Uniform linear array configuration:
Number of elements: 12
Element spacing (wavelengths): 0.5
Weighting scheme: exponential
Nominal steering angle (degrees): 60
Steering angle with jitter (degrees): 59.291
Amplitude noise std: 0.05
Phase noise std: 0.05

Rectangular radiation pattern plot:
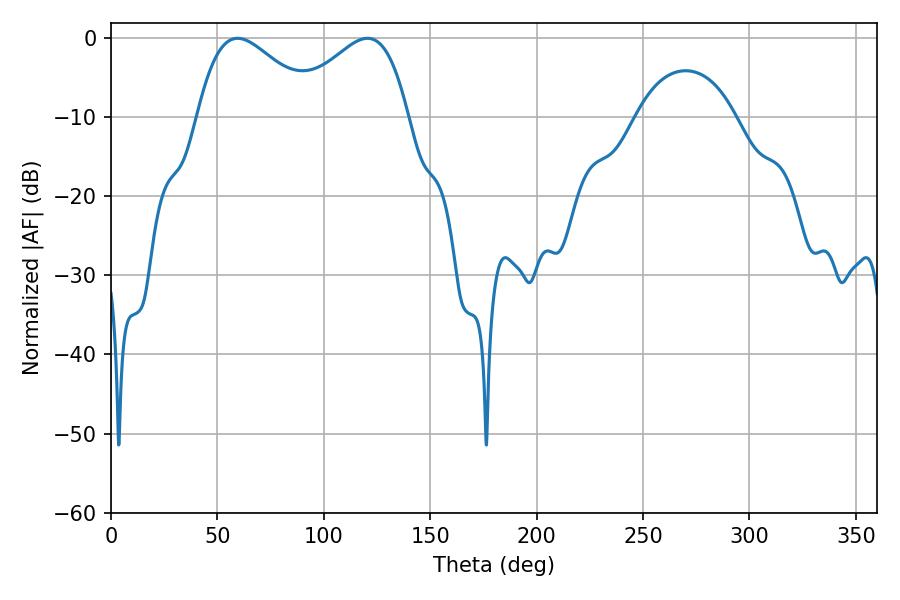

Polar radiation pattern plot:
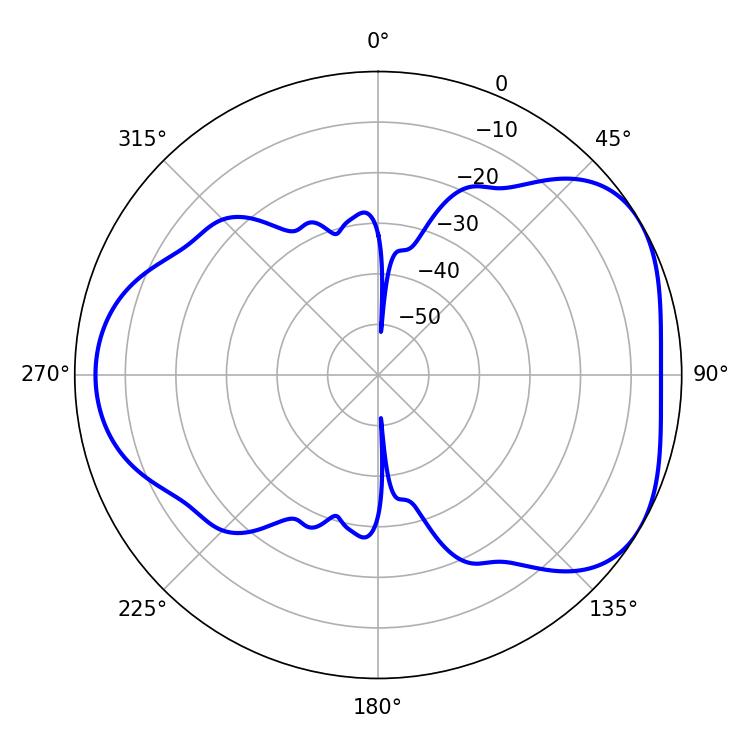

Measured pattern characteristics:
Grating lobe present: FALSE
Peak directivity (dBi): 4.47
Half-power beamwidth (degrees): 30.06
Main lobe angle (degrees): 59.4